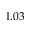
1 . 0 3